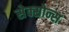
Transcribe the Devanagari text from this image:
सेक्सोन्स